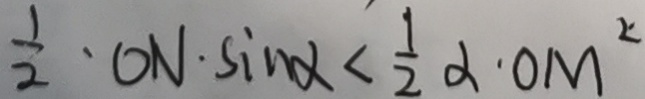
\frac { 1 } { 2 } \cdot O N \cdot \sin \alpha < \frac { 1 } { 2 } \alpha \cdot O M ^ { 2 }